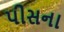
પીસના